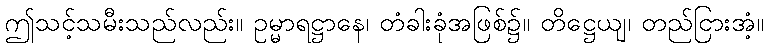
ဤသင့်သမီးသည်လည်း။ ဥမ္မာရဋ္ဌာနေ၊ တံခါးခုံအဖြစ်၌။ တိဋ္ဌေယျ၊ တည်ငြားအံ့။